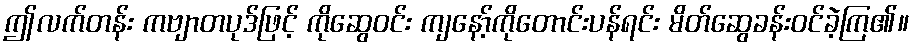
ဤလက်တန်း ကဗျာတပုဒ်ဖြင့် ကိုဆွေဝင်း ကျနော့်ကိုတောင်းပန်ရင်း မိတ်ဆွေခန်းဝင်ခဲ့ကြ၏။